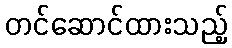
တင်ဆောင်ထားသည့်